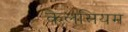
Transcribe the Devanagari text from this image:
केलसियम